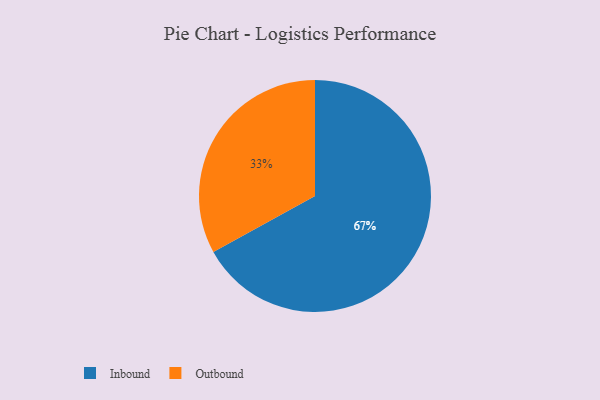
{"axis": {"x": "Category", "y": "Percentage"}, "legend": ["Inbound", "Outbound"], "data": [{"x": "Outbound", "y": 33, "type": "Outbound"}, {"x": "Inbound", "y": 67, "type": "Inbound"}]}